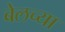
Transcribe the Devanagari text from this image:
बेलच्या